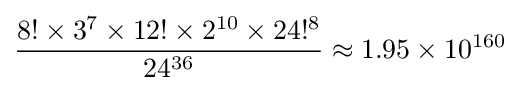
{\frac {8!\times 3^{7}\times 12!\times 2^{10}\times 24!^{8}}{24^{36}}}\approx 1.95\times 10^{160}